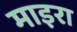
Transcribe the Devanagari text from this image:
माइरा